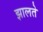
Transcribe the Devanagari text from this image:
झालते